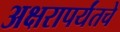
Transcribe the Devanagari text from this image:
अक्षरापर्यंतचे